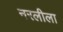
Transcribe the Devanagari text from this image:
नरलीला